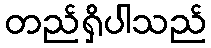
တည်ရှိပါသည်